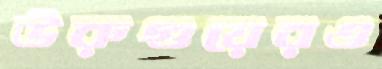
উরুগুয়েরও